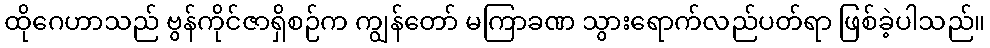
ထိုဂေဟာသည် ဗွန်ကိုင်ဇာရှိစဉ်က ကျွန်တော် မကြာခဏ သွားရောက်လည်ပတ်ရာ ဖြစ်ခဲ့ပါသည်။